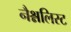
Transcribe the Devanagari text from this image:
नैश्नलिस्ट